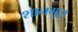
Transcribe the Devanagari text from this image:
शानगुस